Aleksander_Warma, lk 20
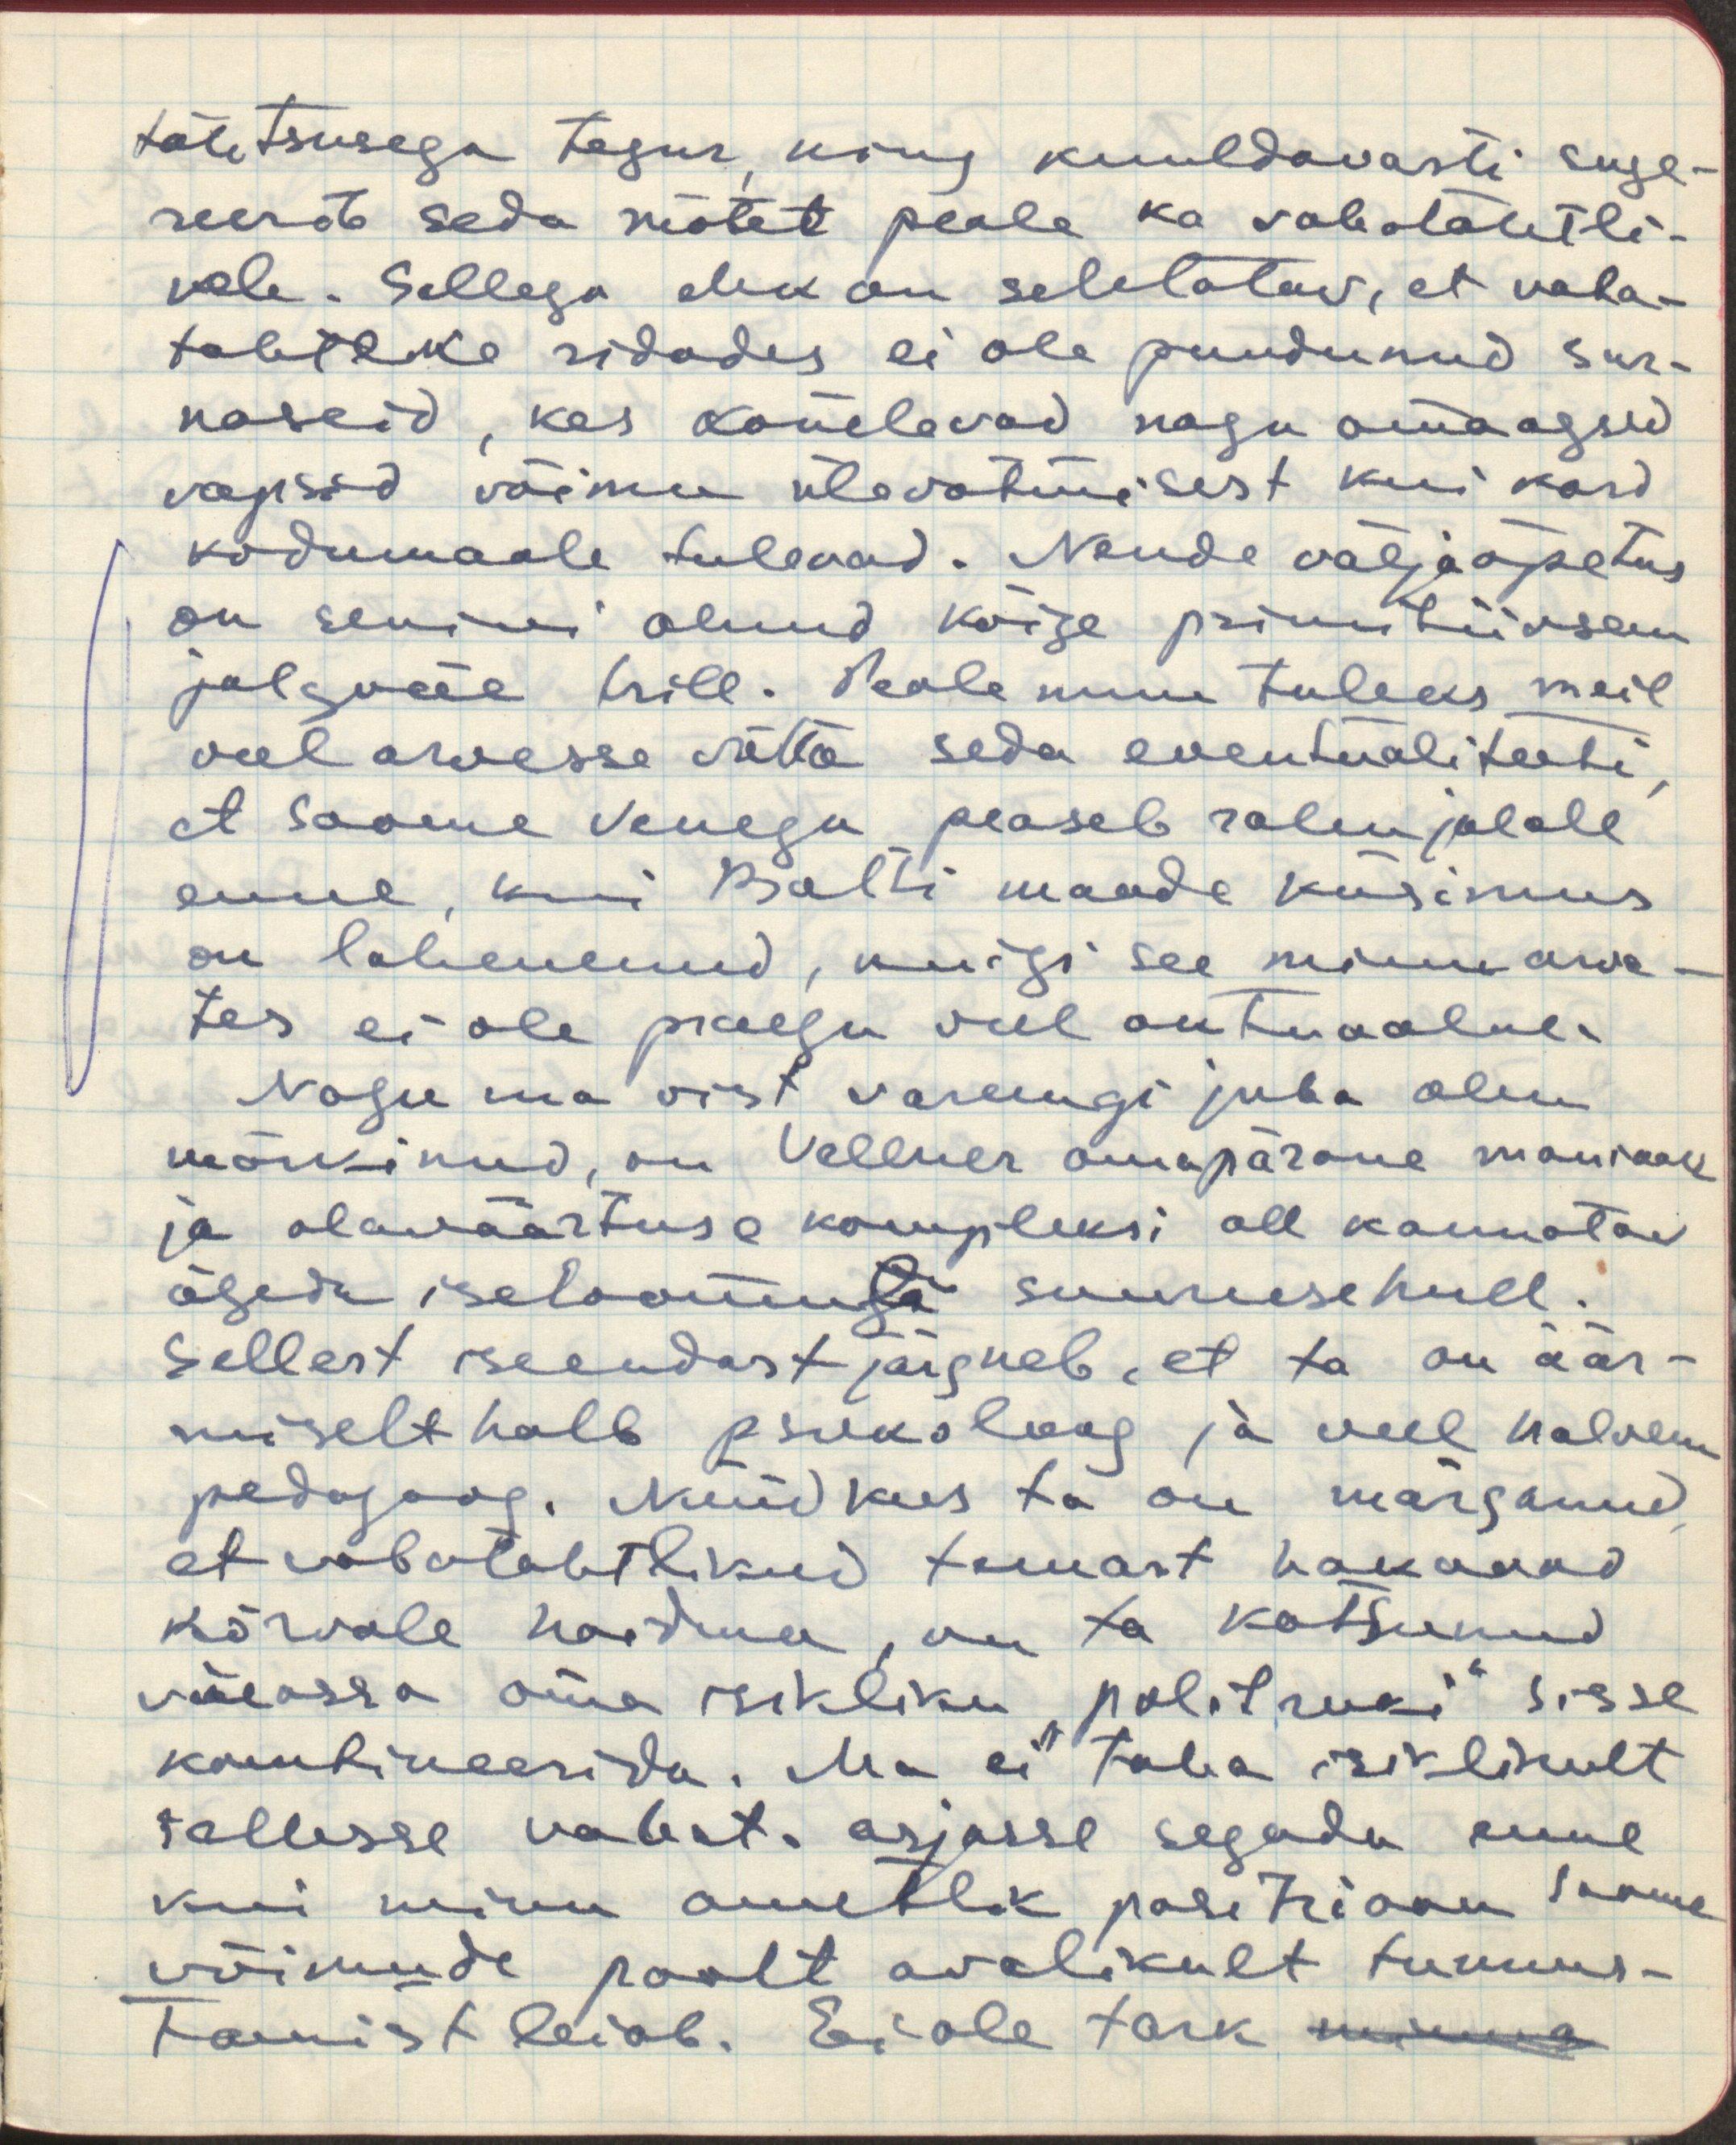
tähtsusega tegur, ning kuuldavasti suge-
reerib seda mõtet peale ka vabatahtli-
kele. Sellega ehk on seletatav, et vaba-
tahtlike ridades ei ole puudunud sar-
naseid, kes konelevad nagu omaaegsed
vapsid võimu ülevõtmisest kui kord
kodumaale tulevad. Nende väljaõpetus
on senini olnud kõige primitiivsem
jalgväe trill. Peale muu tuleks meil
veel arvesse võtta seda eventualiteeti,
et Soome Venega peaseb rahu jalale
enne, kui Balti maade küsimus
on lahenenud, kuigi see minu arva-
tes ei ole praegu veel aktuaalne.
Nagu ma vist varemgi juba olen
märkinud, on Vellner omapärane maniaak
ja alaväärtuse kompleksi all kannatav
ägeda iseloomuga suuruse hull.
Sellest iseendast järgneb, et ta on äär-
miselt halb psukoloog ja veel halvem
pedagoog. Nüüd kus ta on märganud,
et vabatahtlikud temast hakanud
kõrvale hoidma, on ta katsunud
väeossa oma isikliku "politruki" sisse
kombineerida. Ma ei taha isiklikult
sellesse vabat. asjasse segada enne
kui minu ametlik positsioon Soome
võimude poolt avalikult tunnus-
tamist leiab. Ei ole tark minna